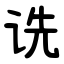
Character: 诜